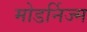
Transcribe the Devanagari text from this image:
मोडर्निज्म